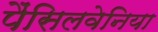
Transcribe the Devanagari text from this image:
पैंसिलवेनिया